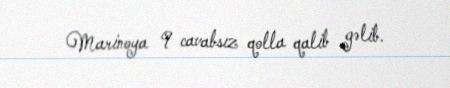
Marinoya 9 cavabsız qolla qalib gəlib.